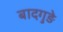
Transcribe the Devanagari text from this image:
बादगुड़े